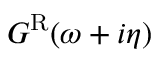
G ^ { \mathrm { R } } ( \omega + i \eta )